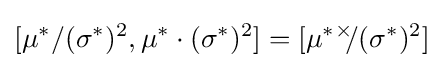
[\mu ^{*}/(\sigma ^{*})^{2},\mu ^{*}\cdot (\sigma ^{*})^{2}]=[\mu ^{*}{}^{\times }\!\!/(\sigma ^{*})^{2}]